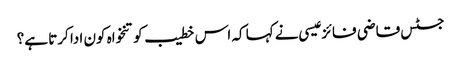
جسٹس قاضی فائز عیسی نے کہا کہ اس خطیب کو تنخواہ کون ادا کرتا ہے؟